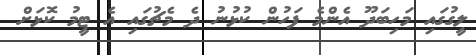
ލީގުގައި މަހިބަދޫ އެންމެ ފަހުން ކުޅުނު ދެ މެޗުގައި އެ ޓީމު ކޮޅަށް